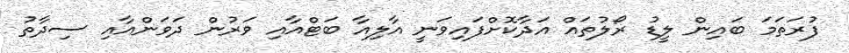
ފުރަތަމަ ބައިން ލީޑު ރޯލުތައް އަދާކޮށްފައިވަނީ އާލިއާ ބަޓްއާއި ވަރުން ދަވަންއާއި ސިދާތު